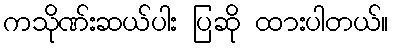
ကသိုဏ်းဆယ်ပါး ပြဆို ထားပါတယ်။